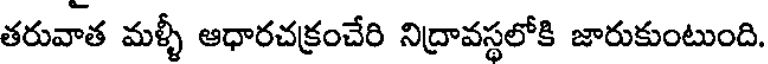
తరువాత మళ్ళీ ఆధారచక్రంచేరి నిద్రావస్థలోకి జారుకుంటుంది.